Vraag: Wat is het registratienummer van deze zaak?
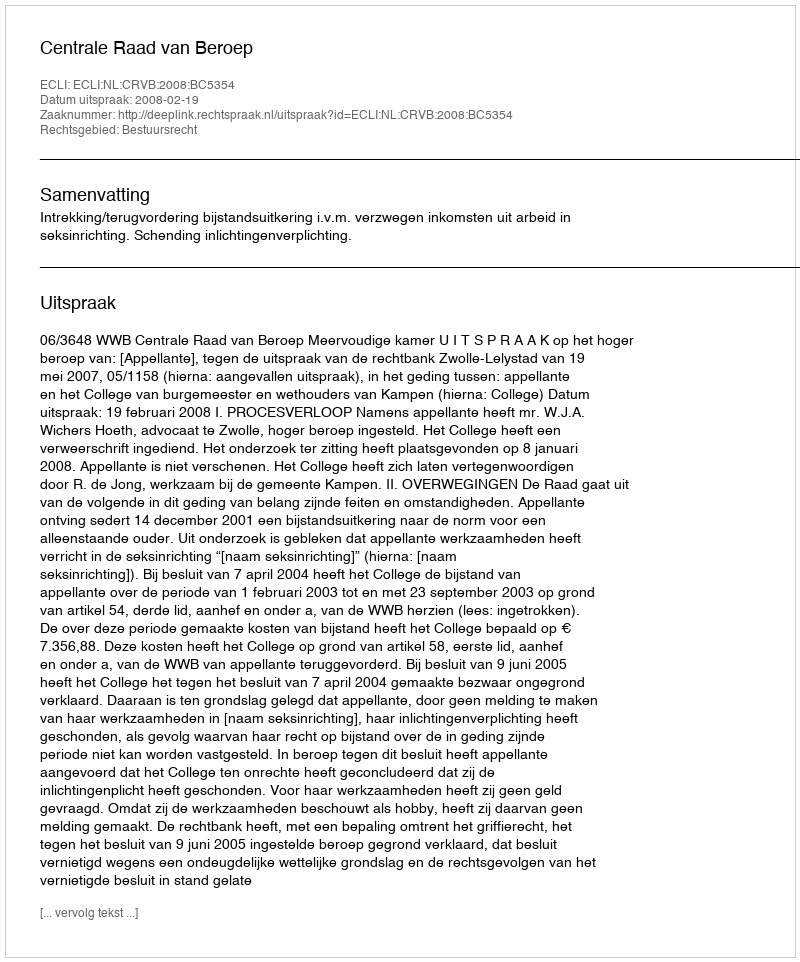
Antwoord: http://deeplink.rechtspraak.nl/uitspraak?id=ECLI:NL:CRVB:2008:BC5354